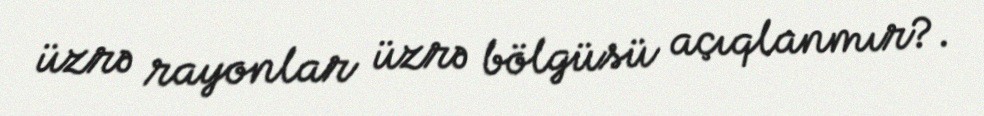
üzrə rayonlar üzrə bölgüsü açıqlanmır?.